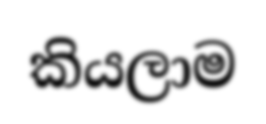
කියලාම